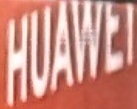
HUAWE